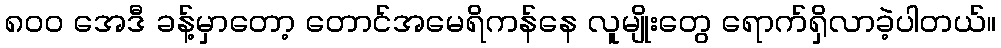
၈၀၀ အေဒီ ခန့်မှာတော့ တောင်အမေရိကန်နေ လူမျိုးတွေ ရောက်ရှိလာခဲ့ပါတယ်။